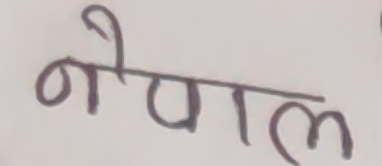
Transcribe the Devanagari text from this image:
नैपाल